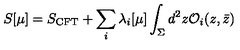
S [ \mu ] = S _ { \mathrm { C F T } } + \sum _ { i } \lambda _ { i } [ \mu ] \int _ { \Sigma } d ^ { 2 } z { \cal O } _ { i } ( z , \bar { z } )